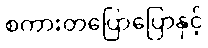
စကားတပြောပြောနှင့်